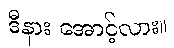
ဒီနား အောင့်လား။